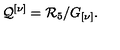
{ \cal Q } ^ { \left[ \nu \right] } = { \cal R } _ { 5 } / G _ { \left[ \nu \right] } .